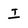
Character: I